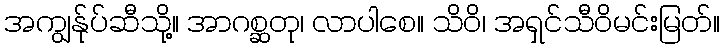
အကျွန်ုပ်ဆီသို့။ အာဂစ္ဆတု၊ လာပါစေ။ သိဝိ၊ အရှင်သီဝိမင်းမြတ်။